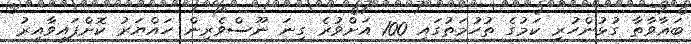
ބަޣާވާތާ ގުޅުންހުރި ކަމުގެ ތުހުމަތުގައި 100 އަށްވުރެ ގިނަ ނޫސްވެރިން ހައްޔަރު ކޮށްފައިވާއިރު